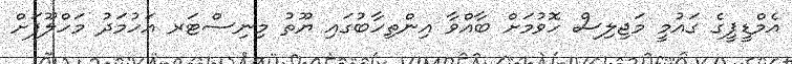
އެމްޑީޕީގެ ގައުމީ މަޖިލިސް ހޮވުމަށް ބާއްވާ އިންތިހާބުގައި ޔޫތު މިނިސްޓަރ އަހުމަދު މަހްލޫފަށް